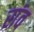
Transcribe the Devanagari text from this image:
रांव